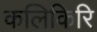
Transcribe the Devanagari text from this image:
कलिकिरि